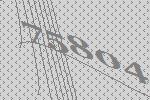
75804